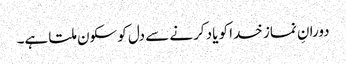
دورانِ نماز خدا کو یاد کرنے سے دل کو سکون ملتا ہے۔